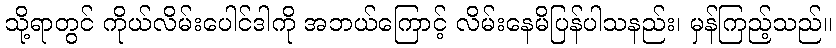
သို့ရာတွင် ကိုယ်လိမ်းပေါင်ဒါကို အဘယ်ကြောင့် လိမ်းနေမိပြန်ပါသနည်း၊ မှန်ကြည့်သည်။